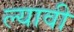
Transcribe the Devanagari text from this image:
ल्यावी